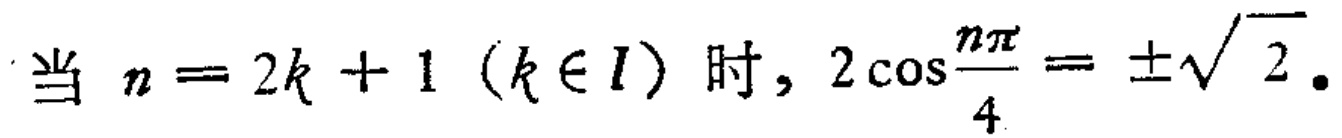
当 \(n = 2k + 1\ (k\in I)\) 时，\(2\cos\frac{n\pi}{4}=\pm\sqrt{2}\)。